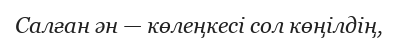
Салған ән — көлеңкесі сол көңілдің,